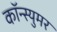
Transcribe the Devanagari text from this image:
कॉन्स्युमर